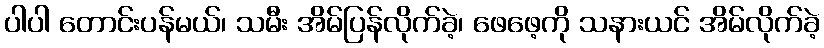
ပါပါ တောင်းပန်မယ်၊ သမီး အိမ်ပြန်လိုက်ခဲ့၊ ဖေဖေ့ကို သနားယင် အိမ်လိုက်ခဲ့